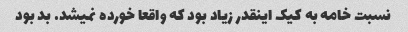
نسبت خامه به کیک اینقدر زیاد بود که واقعا خورده نمیشد. بد بود